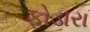
ફોડારા